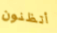
أتظنون